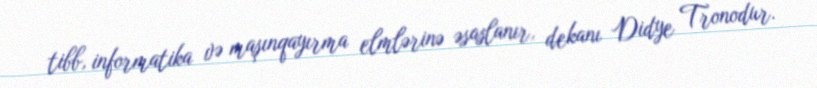
tibb, informatika və maşınqayırma elmlərinə əsaslanır, dekanı Didye Tronodur.